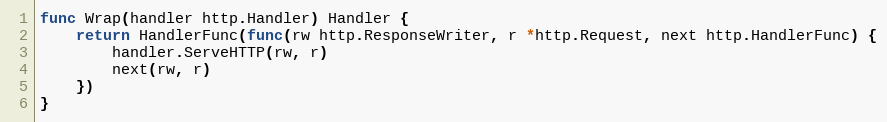
Language: Go
func Wrap(handler http.Handler) Handler {
	return HandlerFunc(func(rw http.ResponseWriter, r *http.Request, next http.HandlerFunc) {
		handler.ServeHTTP(rw, r)
		next(rw, r)
	})
}